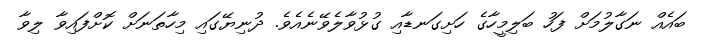
ބައެއް ނަގާލުމަށް ފަހު ބަލިމީހާގެ ހަށިގަނޑާއި ގުޅުވާލެވޭނެއެވެ. ދުނިޔޭގައި މިހާތަނަށް ކޮށްފައިވާ ލިވާ